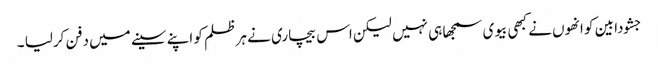
جشودا بین کو انھوں نے کبھی بیوی سمجھا ہی نہیں لیکن اس بیچاری نے ہر ظلم کو اپنے سینے میں دفن کرلیا ۔